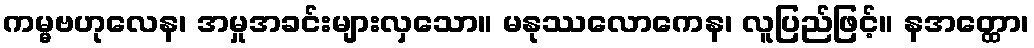
ကမ္မဗဟုလေန၊ အမှုအခင်းများလှသော။ မနုဿလောကေန၊ လူပြည်ဖြင့်။ နအတ္ထော၊